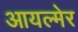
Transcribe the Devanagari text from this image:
आयल्मेर